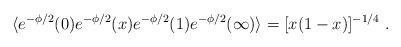
LaTeX: \begin{align*}\langle e^{-\phi/2} (0) e^{-\phi/2} (x) e^{-\phi/2} (1)e^{-\phi/2} (\infty)\rangle =[ x (1-x)]^{-1/4}\ .\end{align*}